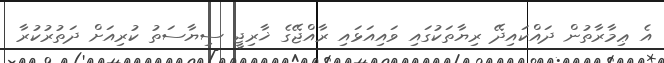
އެ ޢިމާރާތުން ދައްކައިދޭ ރިޔާތަކުގައި ވައިއަޅައި ރާއްޖޭގެ ޚާރިޖީ ސިޔާސަތު ކުރިއަށް ދަތުރުކުރާ